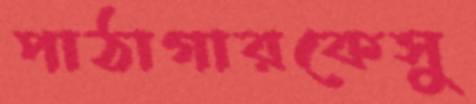
পাঠাগারকেসু